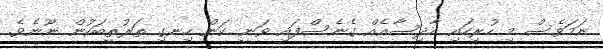
ނަމަވެސް މި ހުރިހައި ހާދިސާއެއް ގެނެސްފައި ވަނީ ކަން ހިނގި ތަރުތީބަކުން ނޫނެވެ.